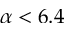
\alpha < 6 . 4